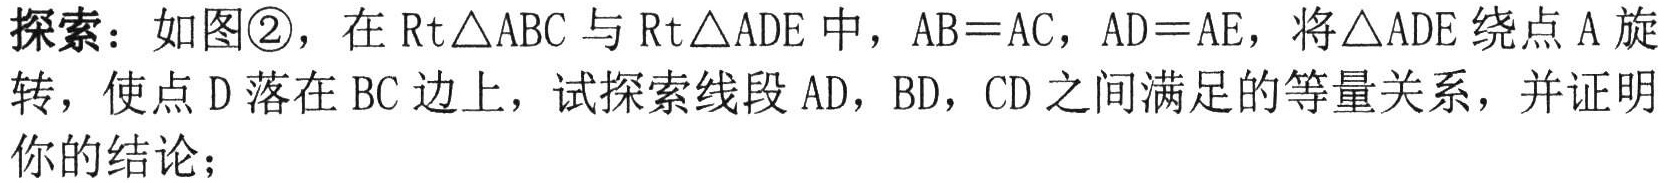
探索：如图\textcircled{2}，在\(\text{Rt}\triangle ABC\)与\(\text{Rt}\triangle ADE\)中，\(AB = AC\)，\(AD = AE\)，将\(\triangle ADE\)绕点\(A\)旋转，使点\(D\)落在\(BC\)边上，试探索线段\(AD\)，\(BD\)，\(CD\)之间满足的等量关系，并证明你的结论；